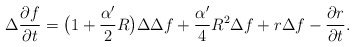
\begin{align*}\Delta\frac{\partial f}{\partial t}=\big(1+\frac{\alpha'}{2}R\big)\Delta\Delta f+\frac{\alpha'}{4}R^2\Delta f+r\Delta f-\frac{\partial r}{\partial t}.\end{align*}